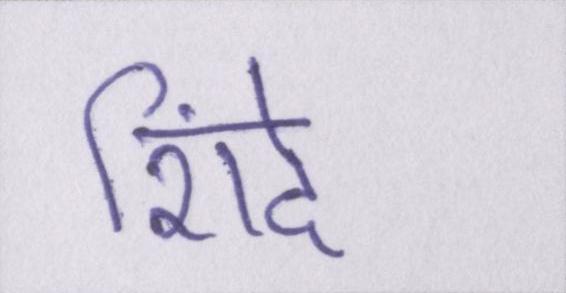
शिंदे